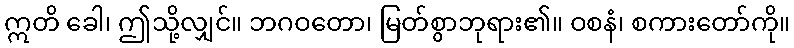
ဣတိ ခေါ၊ ဤသို့လျှင်။ ဘဂဝတော၊ မြတ်စွာဘုရား၏။ ဝစနံ၊ စကားတော်ကို။